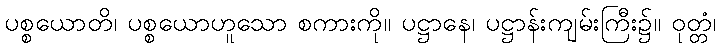
ပစ္စယောတိ၊ ပစ္စယောဟူသော စကားကို။ ပဋ္ဌာနေ၊ ပဋ္ဌာန်းကျမ်းကြီး၌။ ဝုတ္တံ၊